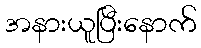
အနားယူပြီးနောက်